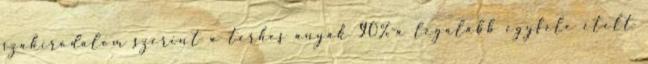
szakirodalom szerint a terhes anyák 90%-a legalább egyféle ételt